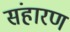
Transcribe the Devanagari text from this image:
संहारण